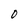
Character: O